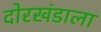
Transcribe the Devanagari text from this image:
दोरखंडाला